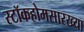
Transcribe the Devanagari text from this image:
स्टॉकहोमसारख्या